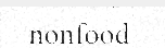
nonfood